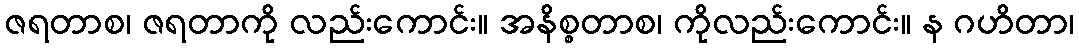
ဇရတာစ၊ ဇရတာကို လည်းကောင်း။ အနိစ္စတာစ၊ ကိုလည်းကောင်း။ န ဂဟိတာ၊